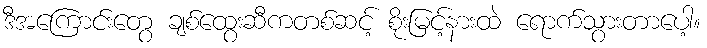
ဒီအကြောင်းတွေ ချစ်ထွေးဆီကတစ်ဆင့် စိုးမြင့်နားထဲ ရောက်သွားတာပေါ့။